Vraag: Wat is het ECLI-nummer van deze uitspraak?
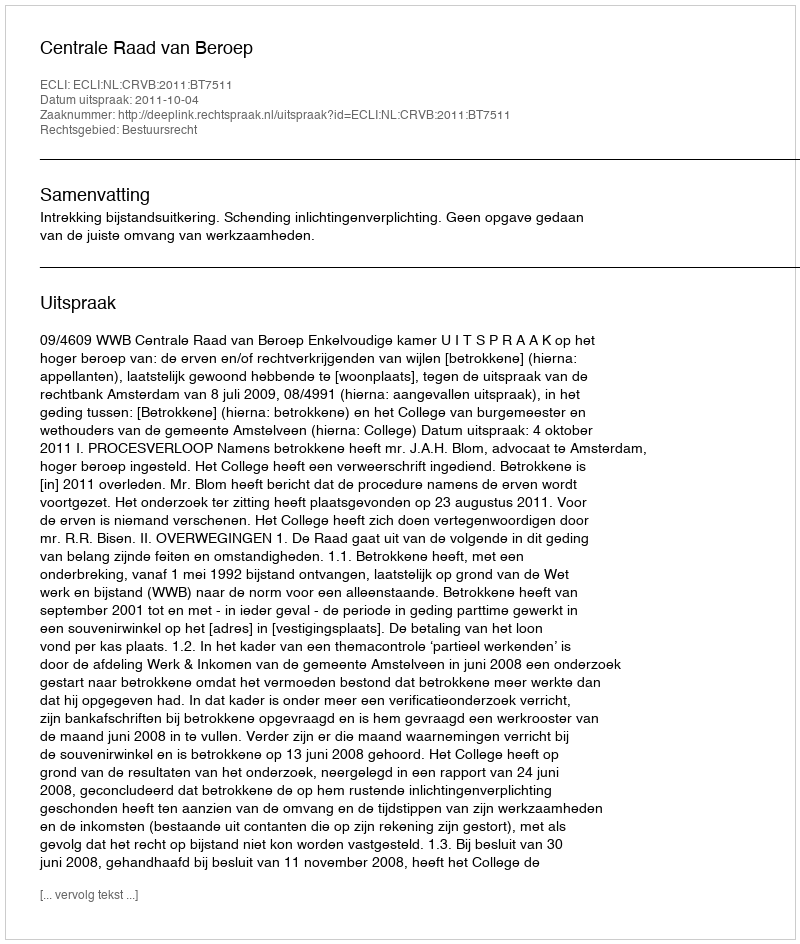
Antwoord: ECLI:NL:CRVB:2011:BT7511